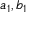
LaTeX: a _ { 1 } , b _ { 1 }